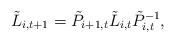
LaTeX: \begin{align*} \tilde{L}_{i,t+1} = \tilde{P}_{i+1,t} \tilde{L}_{i,t} \tilde{P}_{i,t}^{-1},\end{align*}